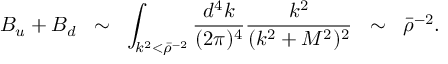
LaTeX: B _ { u } + B _ { d } \; \; \sim \; \; \int _ { k ^ { 2 } < \bar { \rho } ^ { - 2 } } \frac { d ^ { 4 } k } { ( 2 \pi ) ^ { 4 } } \frac { k ^ { 2 } } { ( k ^ { 2 } + M ^ { 2 } ) ^ { 2 } } \; \; \sim \; \; \bar { \rho } ^ { - 2 } .